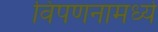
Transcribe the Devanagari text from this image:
विपणनामध्ये